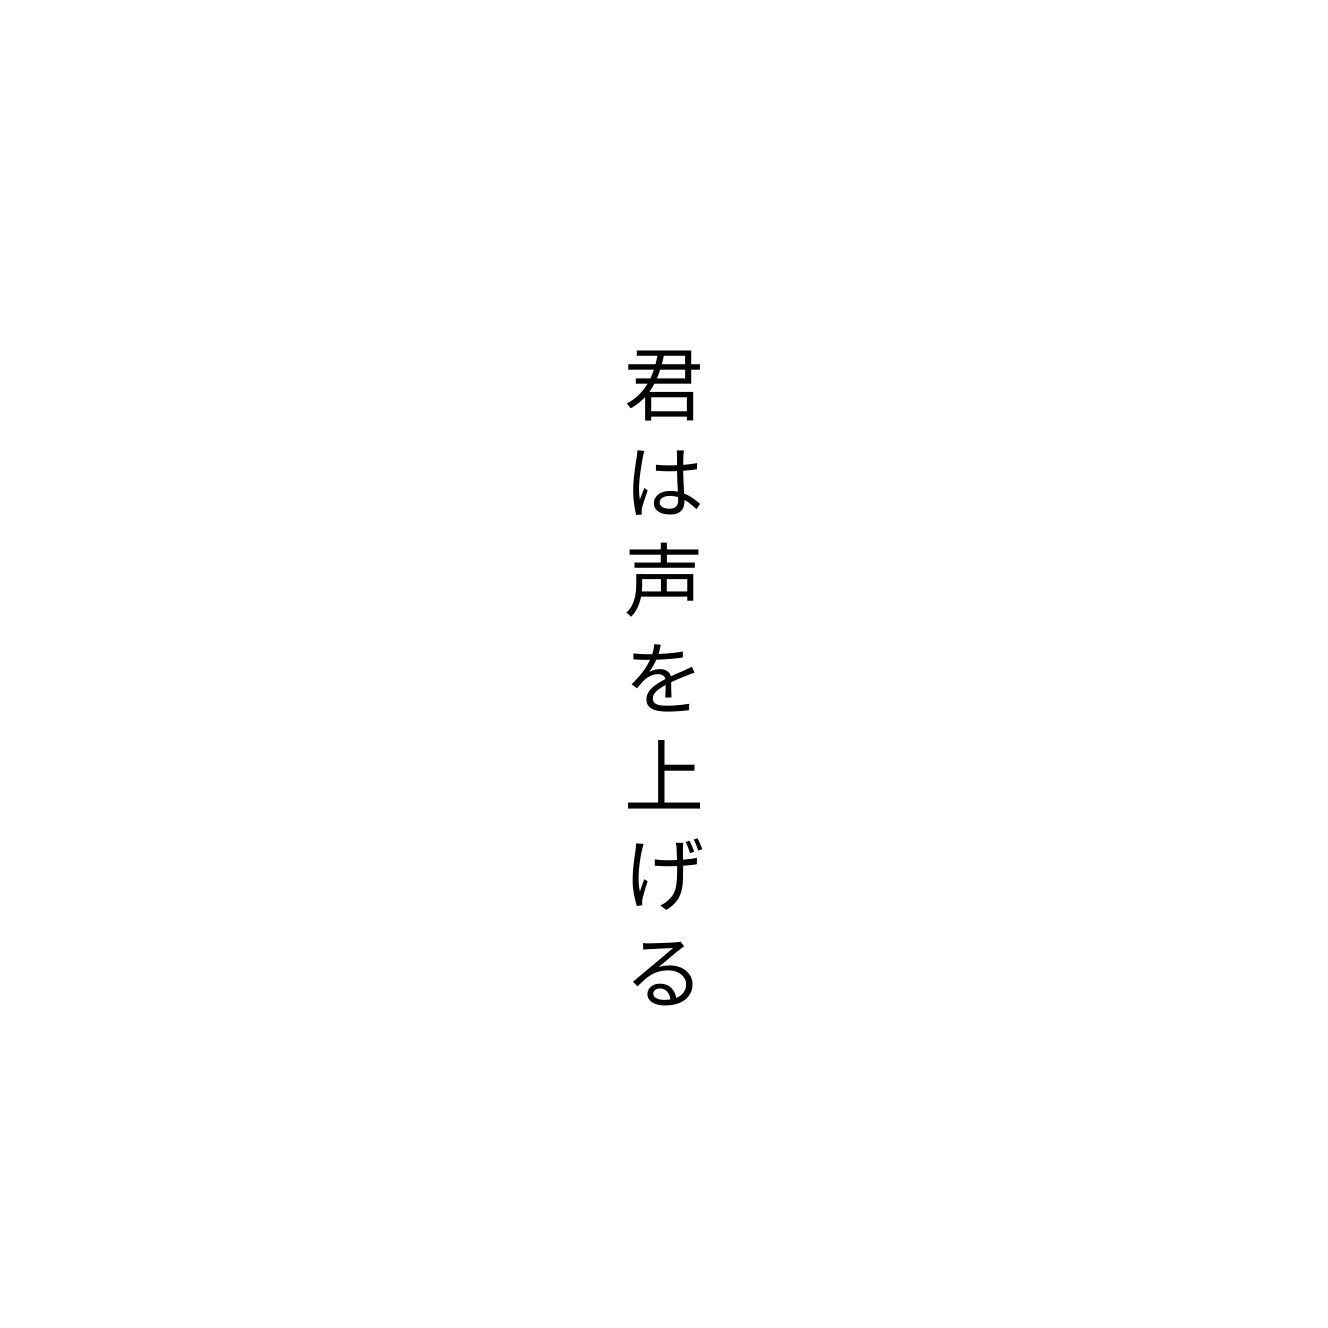
君は声を上げる